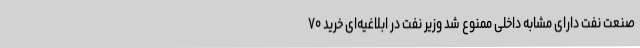
صنعت نفت دارای مشابه داخلی ممنوع شد وزیر نفت در ابلاغیه‌ای خرید ۷۰